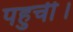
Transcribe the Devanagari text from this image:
पहुचीँ।